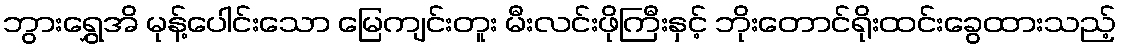
ဘွားရွှေအိ မုန့်ပေါင်းသော မြေကျင်းတူး မီးလင်းဖိုကြီးနှင့် ဘိုးတောင်ရိုးထင်းခွေထားသည့်